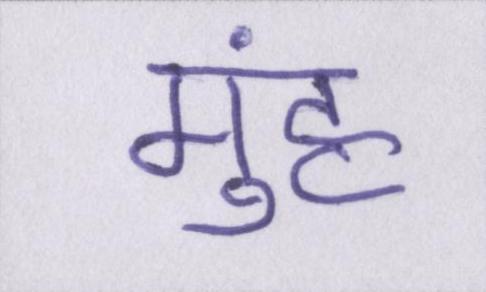
मुंह